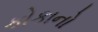
કોકાનો